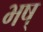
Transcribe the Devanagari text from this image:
भष्